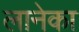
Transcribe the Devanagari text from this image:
लानेका